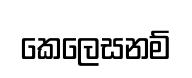
කෙලෙසනම්